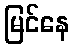
မြင်နေ